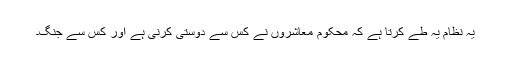
یہ نظام یہ طے کرتا ہے کہ محکوم معاشروں نے کس سے دوستی کرنی ہے اور کس سے جنگ۔